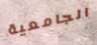
الجامعية